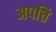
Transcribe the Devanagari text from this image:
अपत्ति